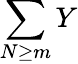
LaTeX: \sum\limits_{N\geq m}Y